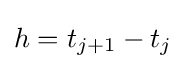
h=t_{j+1}-t_{j}